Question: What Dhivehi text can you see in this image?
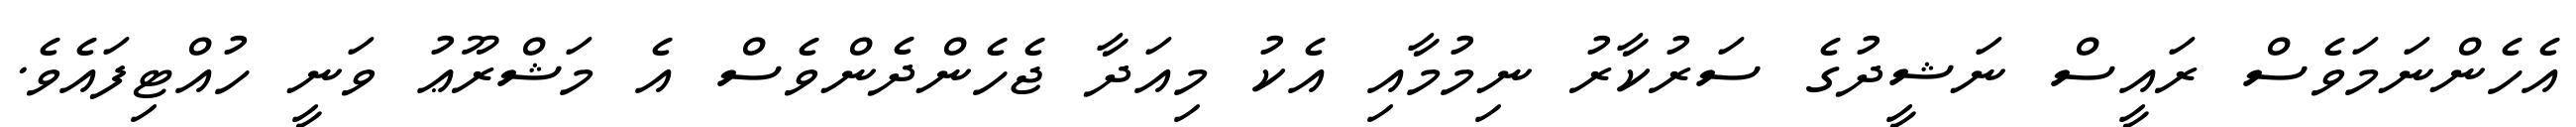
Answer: އެހެންނަމަވެސް ރައީސް ނަޝީދުގެ ސަރުކާރު ނިމުމާއި އެކު މިއަދާ ޖެހެންދެންވެސް އެ މަޝްރޫޢު ވަނީ ހުއްޓިފައެވެ.